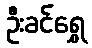
ဦးခင်ရွှေ